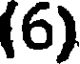
(6)